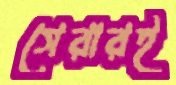
সেরারই